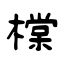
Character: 橖